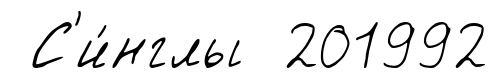
С'и́нглы 201992